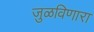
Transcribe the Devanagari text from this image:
जुळविणारा